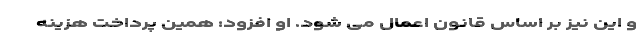
و این نیز بر اساس قانون اعمال می شود. او افزود: همین پرداخت هزینه